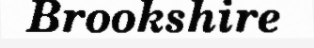
Brookshire